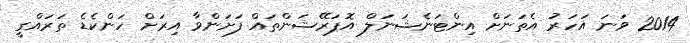
2014 ވަނަ އަހަރު އެތަނަށް އިންޓަނެޝަނަލް އޮޕަރޭޝަންތައް ފަށަންވާ އިރަށް ހަންކެޑެ ތަރައްގީ